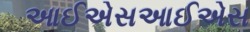
આઈએસઆઈએસ